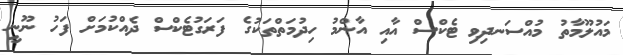
މައުލޫމާތު މުއްސަނދިވި ޓެކްސް އާއި އާންމު ހިދުމަތްތަކުގެ ފަރަގުޓެކްސް ދެއްކުމަށް ފަހު ނޫނީ